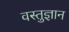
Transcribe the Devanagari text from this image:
वस्तुज्ञान